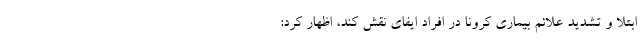
ابتلا و تشدید علائم بیماری کرونا در افراد ایفای نقش کند، اظهار کرد: